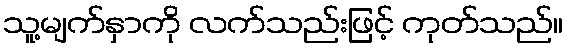
သူ့မျက်နှာကို လက်သည်းဖြင့် ကုတ်သည်။